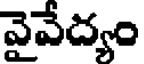
వైవేద్యం